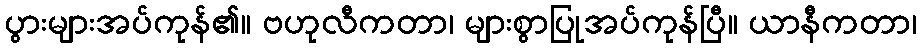
ပွားများအပ်ကုန်၏။ ဗဟုလီကတာ၊ များစွာပြုအပ်ကုန်ပြီ။ ယာနီကတာ၊